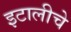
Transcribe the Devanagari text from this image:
इटालीचे